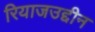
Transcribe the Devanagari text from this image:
रियाजउद्दीन